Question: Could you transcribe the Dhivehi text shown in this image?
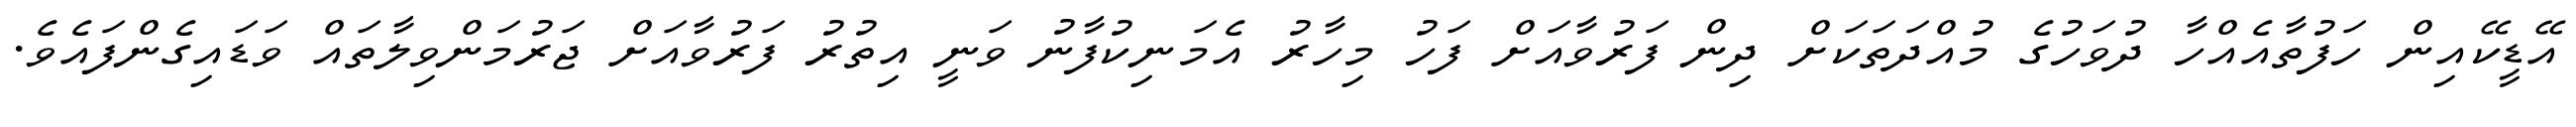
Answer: އޭޑީކޭއިން ހަފުތާއެއްހާ ދުވަހުގެ މުއްދަތަކަށް ދިން ފަރުވާއަށް ފަހު މިހާރު އެމަނިކުފާނު ވަނީ އިތުރު ފަރުވާއަށް ޖަރުމަންވިލާތައް ވަޑައިގެންފައެވެ.